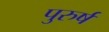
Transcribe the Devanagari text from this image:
पुरुर्ष